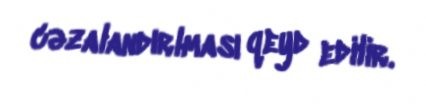
cəzalandırlması qeyd edilir.